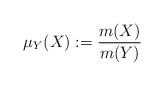
LaTeX: \begin{align*}\mu_{Y}(X) := \frac{m(X)}{m(Y)}\end{align*}